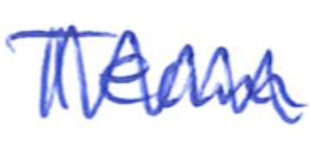
Text: Team
Cross-out: zig-zag
Writing tool: ballpoint